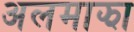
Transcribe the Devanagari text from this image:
अलमाझा